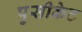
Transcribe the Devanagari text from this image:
पुसीकेट